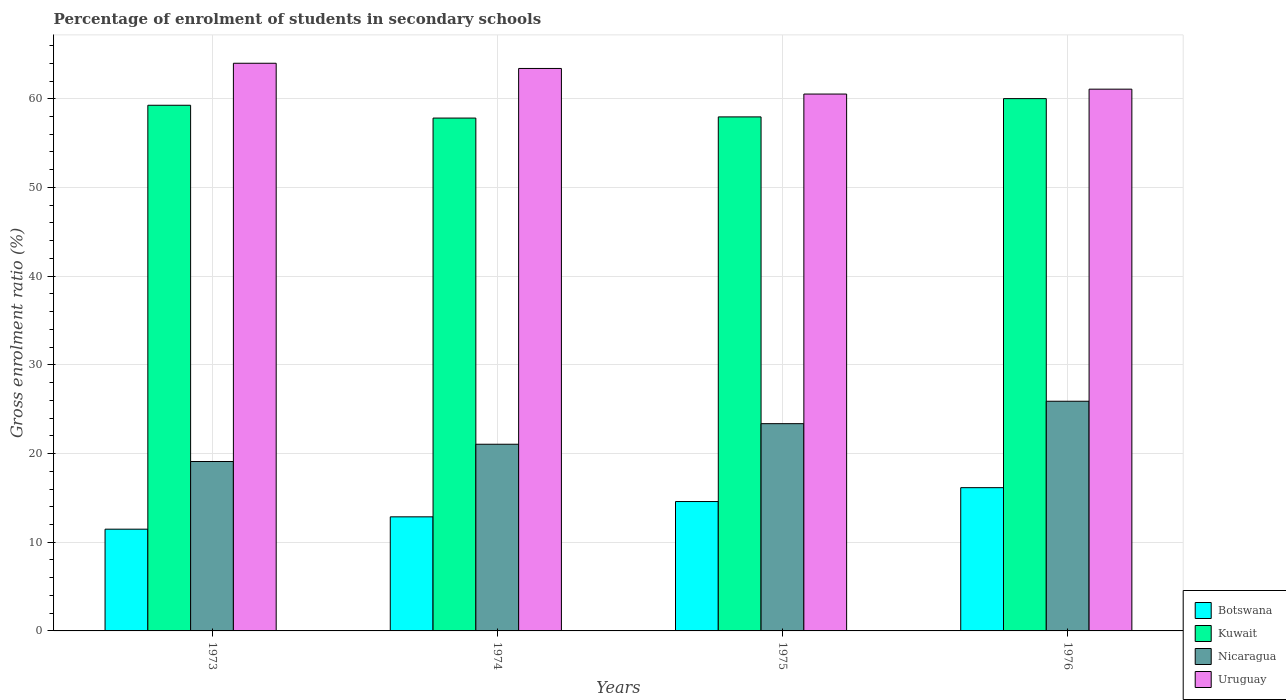
| Years | Botswana | Kuwait | Nicaragua | Uruguay |
 | --- | --- | --- | --- | --- |
 | 1973 | 11.5 | 59.3 | 19.1 | 64 |
 | 1974 | 12.9 | 57.8 | 21 | 63.4 |
 | 1975 | 14.6 | 58 | 23.4 | 60.5 |
 | 1976 | 16.2 | 60 | 25.9 | 61.1 |